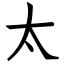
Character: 太